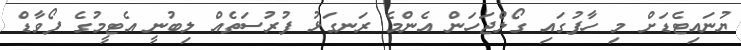
ޔުނައިޓެޑަށް މި ހާފުގައި ގޯލްޖަހަން އެންމެ ރަނގަޅު ފުރުސަތެއް ލިބުނީ އެޓީމުގެ ފޯވާޑް